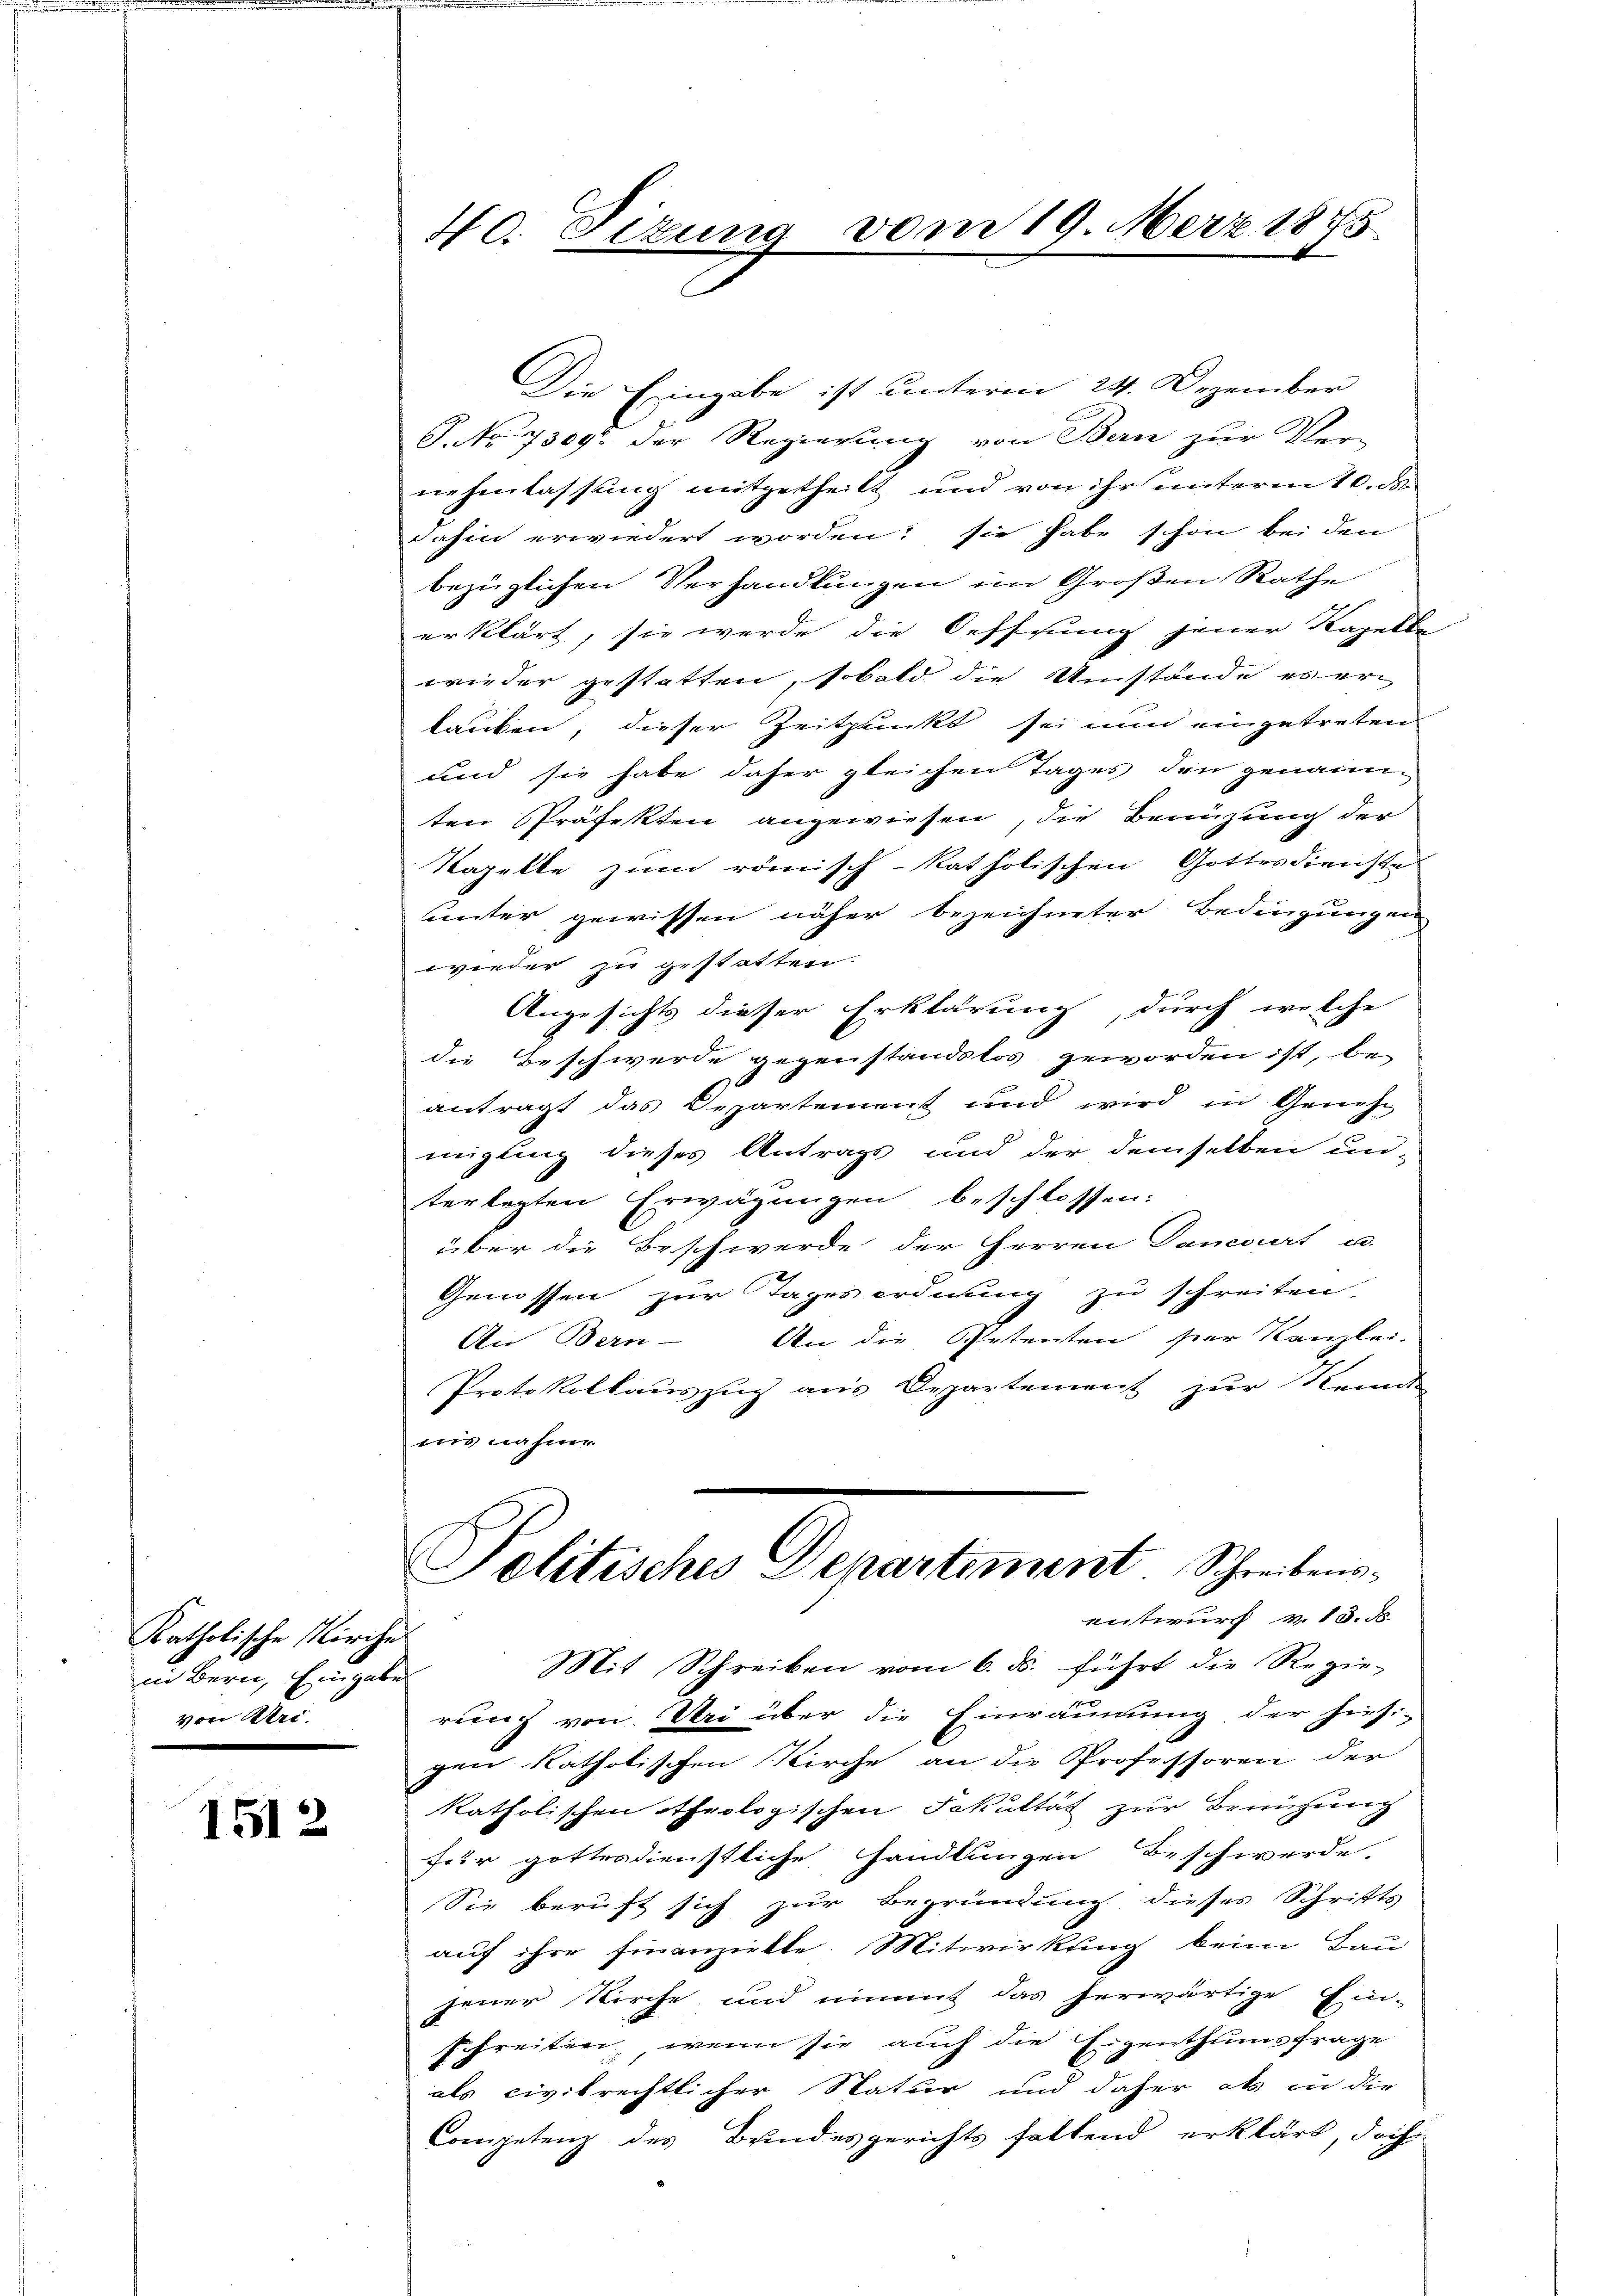
Katholische Kirche
in Bern, Eingabe
von Stri

1512

Die Eingabe ist unterm 24. Dezember
P. Nr. 7309 der Regierung von Bern zur Ver-
nehmlassung mitgetheilt und von ihr unterm 10. d.
dahin erwiedert worden; sie habe schon bei den
bezüglichen Verhandlungen im Großen Rathe
erklärt, sie werde die Oeffnung jener Kapella
wieder gestatten, sobald die Umstände es er
lauben, dieser Zeitpunkt sei nun eingetreten
und sie habe daher gleichen Tages den genanne
ten Präfekten angewiesen, die Benützung der
Kapelle zum römisch-katholischen Gottesdienste
unter gewissen näher bezeichneter Bedingungen
wieder zu gestatten.
Angesichts dieser Erklärung, durch welche
die Beschwerde gegenstandslos geworden ist, be-
antragt das Departement und wird in Genehmigling dieses Antrags und der demselben un-
terlegten Erwägungen beschlossen:
über die Beschwerde der Herren Danciert u.
Genossen zur Tages ordnung zu schreiten.
An Bern - An die Petenten hier Kanzlei-
Protokollauszug aus Departement zur Kennt
wie nahme
Politisches Departement Schreibensentwurf v. 13. d.
Mit Schreiben vom 6. ds. führt die Regie-
rung von Bei über die Einräumung der hiesi-
gen katholischen Kirche an die Professoren der
katholischen Atheologischen Fakultät zur Breihung
für gottesdienstliche Handlungen Beschwerde.
Sie beruft sich zur Begründung dieses Schritts
auf ihre finanzielte. Mitwirkung beim Bau
jener Kirche und einmit das herwärtige Ein-
schreiten, wenn sie auch die Eigenthumsfrage
als civilrechtlicher Natur und daher als in die
Competenz des Brindesgerichts fallend erklärt, doch

40. Sizung vom 19. März 1875